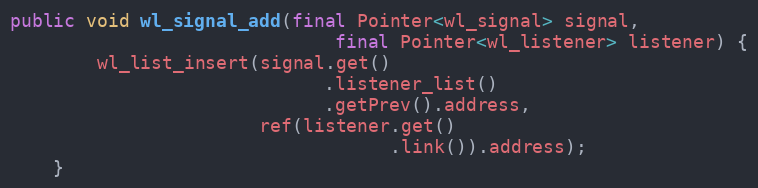
Language: Java
public void wl_signal_add(final Pointer<wl_signal> signal,
                              final Pointer<wl_listener> listener) {
        wl_list_insert(signal.get()
                             .listener_list()
                             .getPrev().address,
                       ref(listener.get()
                                   .link()).address);
    }